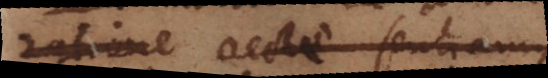
ratione recte sentiamus,